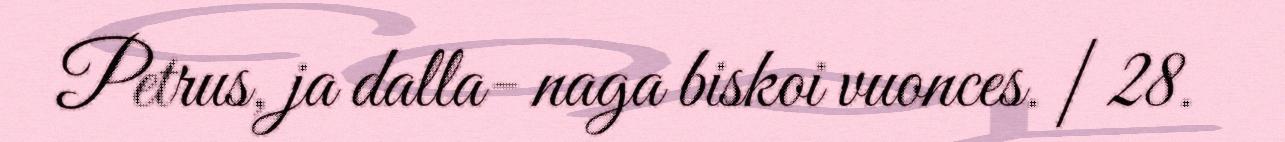
Petrus, ja dalla- naga biskoi vuonces. | 28.